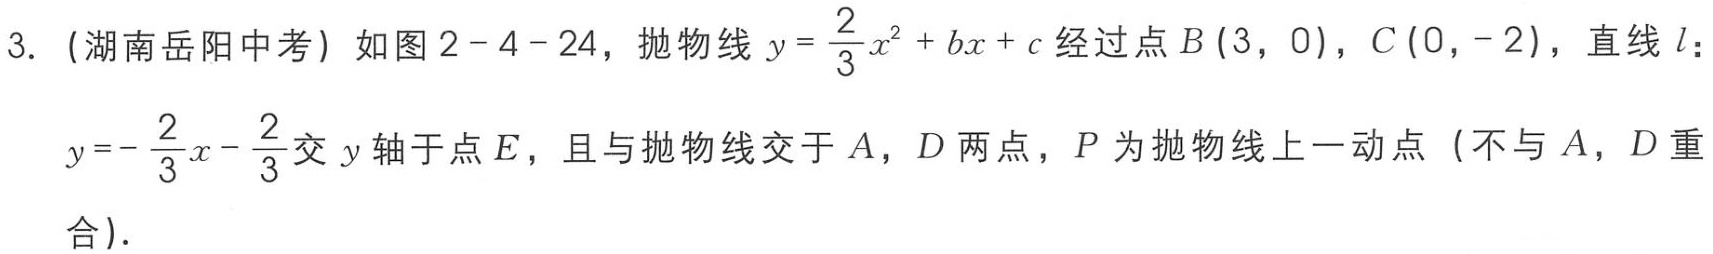
3. (湖南岳阳中考) 如图2 - 4 - 24，抛物线\(y = \frac{2}{3}x^{2}+bx + c\)经过点\(B(3,0)\)，\(C(0,-2)\)，直线\(l\)：

\(y = -\frac{2}{3}x-\frac{2}{3}\)交\(y\)轴于点\(E\)，且与抛物线交于\(A\)，\(D\)两点，\(P\)为抛物线上一动点（不与\(A\)，\(D\)重合）.